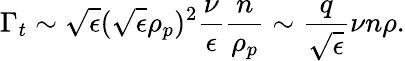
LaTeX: \Gamma_{t}\sim\sqrt{\epsilon}(\sqrt{\epsilon}\rho_{p})^{2}\frac{\nu}{\epsilon}\frac{n}{\rho_{p}}\sim\frac{q}{\sqrt{\epsilon}}\nu n\rho.